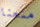
منعنا